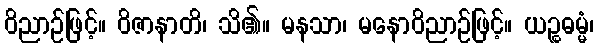
ဝိညာဉ်ဖြင့်။ ဝိဇာနာတိ၊ သိ၏။ မနသာ၊ မနောဝိညာဉ်ဖြင့်။ ယဉ္စဓမ္မံ၊